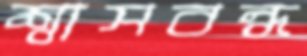
শ্বাসবন্ধ